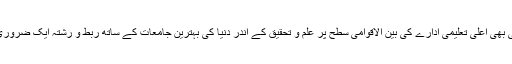
جس میں کسی بھی اعلیٰ تعلیمی ادارے کی بین الاقوامی سطح پر علم و تحقیق کے اندر دنیا کی بہترین جامعات کے ساتھ ربط و رشتہ ایک ضروری عنصر ہے۔